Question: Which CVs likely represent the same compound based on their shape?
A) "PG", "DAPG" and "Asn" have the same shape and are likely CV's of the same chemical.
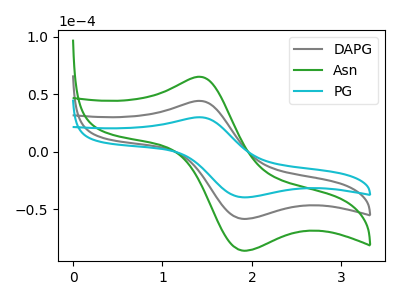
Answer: <think>The gray curve "DAPG" has an anodic peak at (1.40V, 44.15uA) and a cathodic peak at (1.90V, -58.15uA). The green curve "Asn" has an anodic peak at (1.40V, 88.35uA) and a cathodic peak at (1.90V, -116.30uA). The cyan curve "PG" has an anodic peak at (1.40V, 29.95uA) and a cathodic peak at (1.90V, -39.45uA).
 All the peaks in "DAPG" have a peak in "Asn" at the same potential. Every peak in "DAPG" is lower than every peak in "Asn". All the peaks in "DAPG" have a peak in "PG" at the same potential. Every peak in "DAPG" is higher than every peak in "PG". All the peaks in "Asn" have a peak in "PG" at the same potential. Every peak in "Asn" is higher than every peak in "PG".</think>
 <answer>A) "PG", "DAPG" and "Asn" have the same shape and are likely CV's of the same chemical.</answer>
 <eval>A</eval>